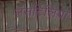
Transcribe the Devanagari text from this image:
लॅसर्टिलिया